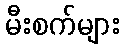
မီးစက်များ